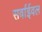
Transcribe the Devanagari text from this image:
सर्वाईवल